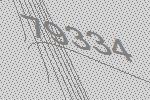
79334